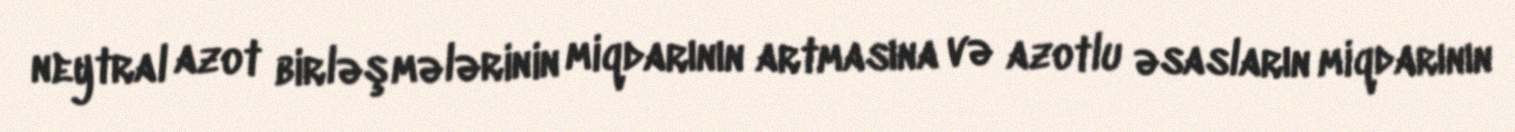
neytral azot birləşmələrinin miqdarının artmasına və azotlu əsasların miqdarının